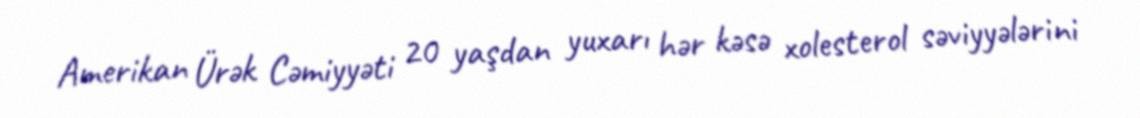
Amerikan Ürək Cəmiyyəti 20 yaşdan yuxarı hər kəsə xolesterol səviyyələrini